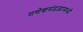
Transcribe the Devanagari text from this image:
गणेशमंडळामध्ये